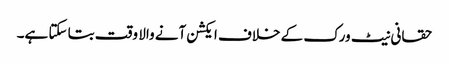
حقانی نیٹ ورک کے خلاف ایکشن آنے والا وقت بتا سکتا ہے۔